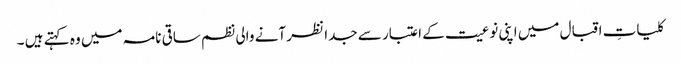
کلیاتِ اقبال میں اپنی نوعیت کے اعتبار سے جدا نظر آنے والی نظم ساقی نامہ میں وہ کہتے ہیں ۔